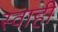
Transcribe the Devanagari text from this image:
स्वाही